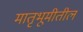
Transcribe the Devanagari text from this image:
मातृभूमीतील